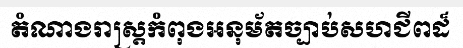
តំណាងរាស្ត្រកំពុងអនុម័តច្បាប់សហជីពដ៏